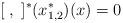
LaTeX: \begin{gather*} [\;,\;]^* (x_{1,2}^*) (x)=0 \end{gather*}